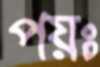
পয়ঃ